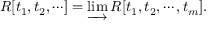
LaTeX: R [ t _ { 1 } , t _ { 2 } , \cdots ] = \varinjlim R [ t _ { 1 } , t _ { 2 } , \cdots , t _ { m } ] .